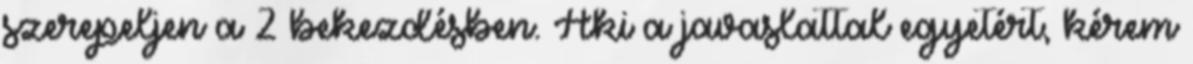
szerepeljen a 2 bekezdésben. Aki a javaslattal egyetért, kérem